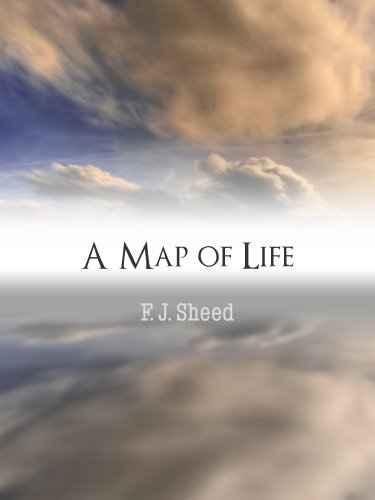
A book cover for A Map Of Life; F. J. Sheed; Christian Books & Bibles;